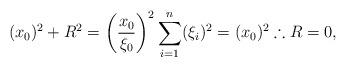
LaTeX: \begin{gather*}(x_0)^{2}+R^{2}=\left(\frac{x_0}{\xi_0}\right)^{2}\sum_{i=1}^{n}(\xi_i)^{2}=(x_0)^{2} \therefore R=0 ,\end{gather*}